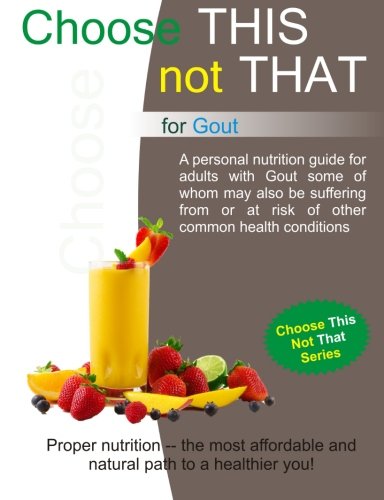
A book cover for Choose This Not That for Gout: 2nd Edition; Personal Remedies; Health, Fitness & Dieting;